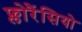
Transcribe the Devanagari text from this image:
फ्लोरैंसियो